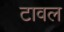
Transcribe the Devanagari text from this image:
टावल